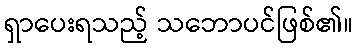
ရှာပေးရသည့် သဘောပင်ဖြစ်၏။